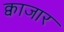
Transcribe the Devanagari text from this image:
क्वाजार